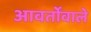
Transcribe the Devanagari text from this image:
आवर्तोंवाले